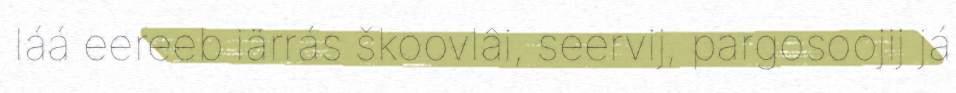
láá eereeb iärrás škoovlâi, seervij, pargosoojij já